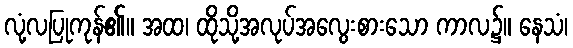
လုံ့လပြုကုန်၏။ အထ၊ ထိုသို့အလုပ်အလွေးစားသော ကာလ၌။ နေသံ၊